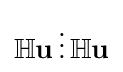
{\textstyle \mathbb {H} {\mathbf {u}}\,{\boldsymbol {\scriptstyle {\vdots }}}\,\mathbb {H} {\mathbf {u}}}